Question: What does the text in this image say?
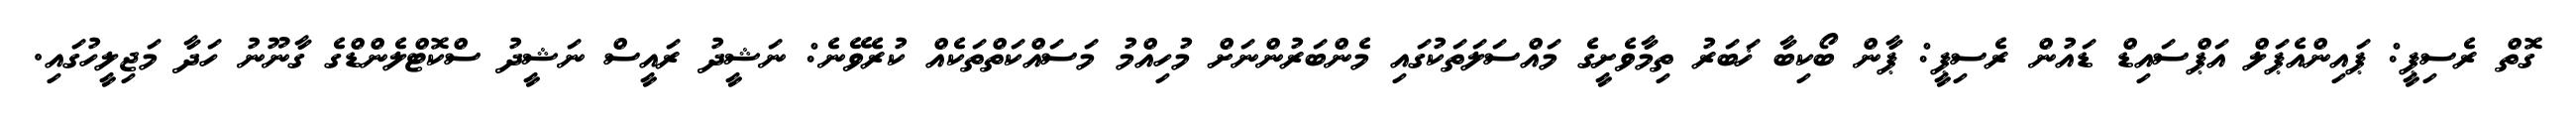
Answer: ގޮތް ރެސިޕީ: ޕައިންއެޕަލް އަޕްސައިޑް ޑައުން ރެސިޕީ: ޕާން ބޯކިބާ ޚަބަރު ތިމާވެށީގެ މައްސަލަތަކުގައި މެންބަރުންނަށް މުހިއްމު މަސައްކަތްތަކެއް ކުރެވޭނެ: ނަޝީދު ރައީސް ނަޝީދު ސްކޮޓްލެންޑްގެ ގާނޫނު ހަދާ މަޖިލީހުގައި.